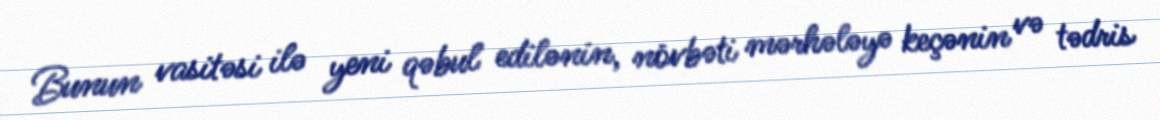
Bunun vasitəsi ilə yeni qəbul edilənin, növbəti mərhələyə keçənin və tədris